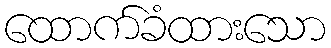
ထောက်ခံထားသော